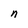
Character: n